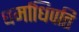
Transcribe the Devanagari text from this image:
धर्माधिपति